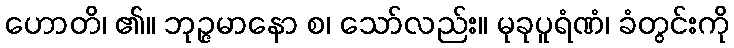
ဟောတိ၊ ၏။ ဘုဉ္ဇမာနော စ၊ သော်လည်း။ မုခုပူရံဏံ၊ ခံတွင်းကို